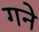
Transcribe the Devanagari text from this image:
गने